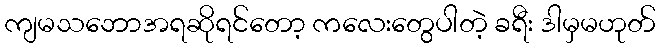
ကျမသဘောအရဆိုရင်တော့ ကလေးတွေပါတဲ့ ခရီး ဒါမှမဟုတ်